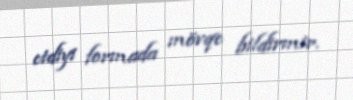
etdiyi formada mövqe bildirmir.